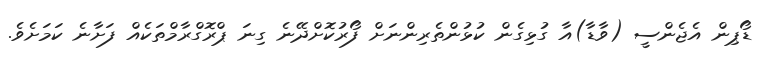
ޑޯޕިން އެޖެންސީ (ވާޑާ)އާ ގުޅިގެން ކުޅުންތެރިންނަށް ފޯރުކޮށްދޭނެ ގިނަ ޕްރޮގްރާމްތަކެއް ފަށާނެ ކަމަށެވެ.